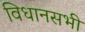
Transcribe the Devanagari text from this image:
विधानसभी